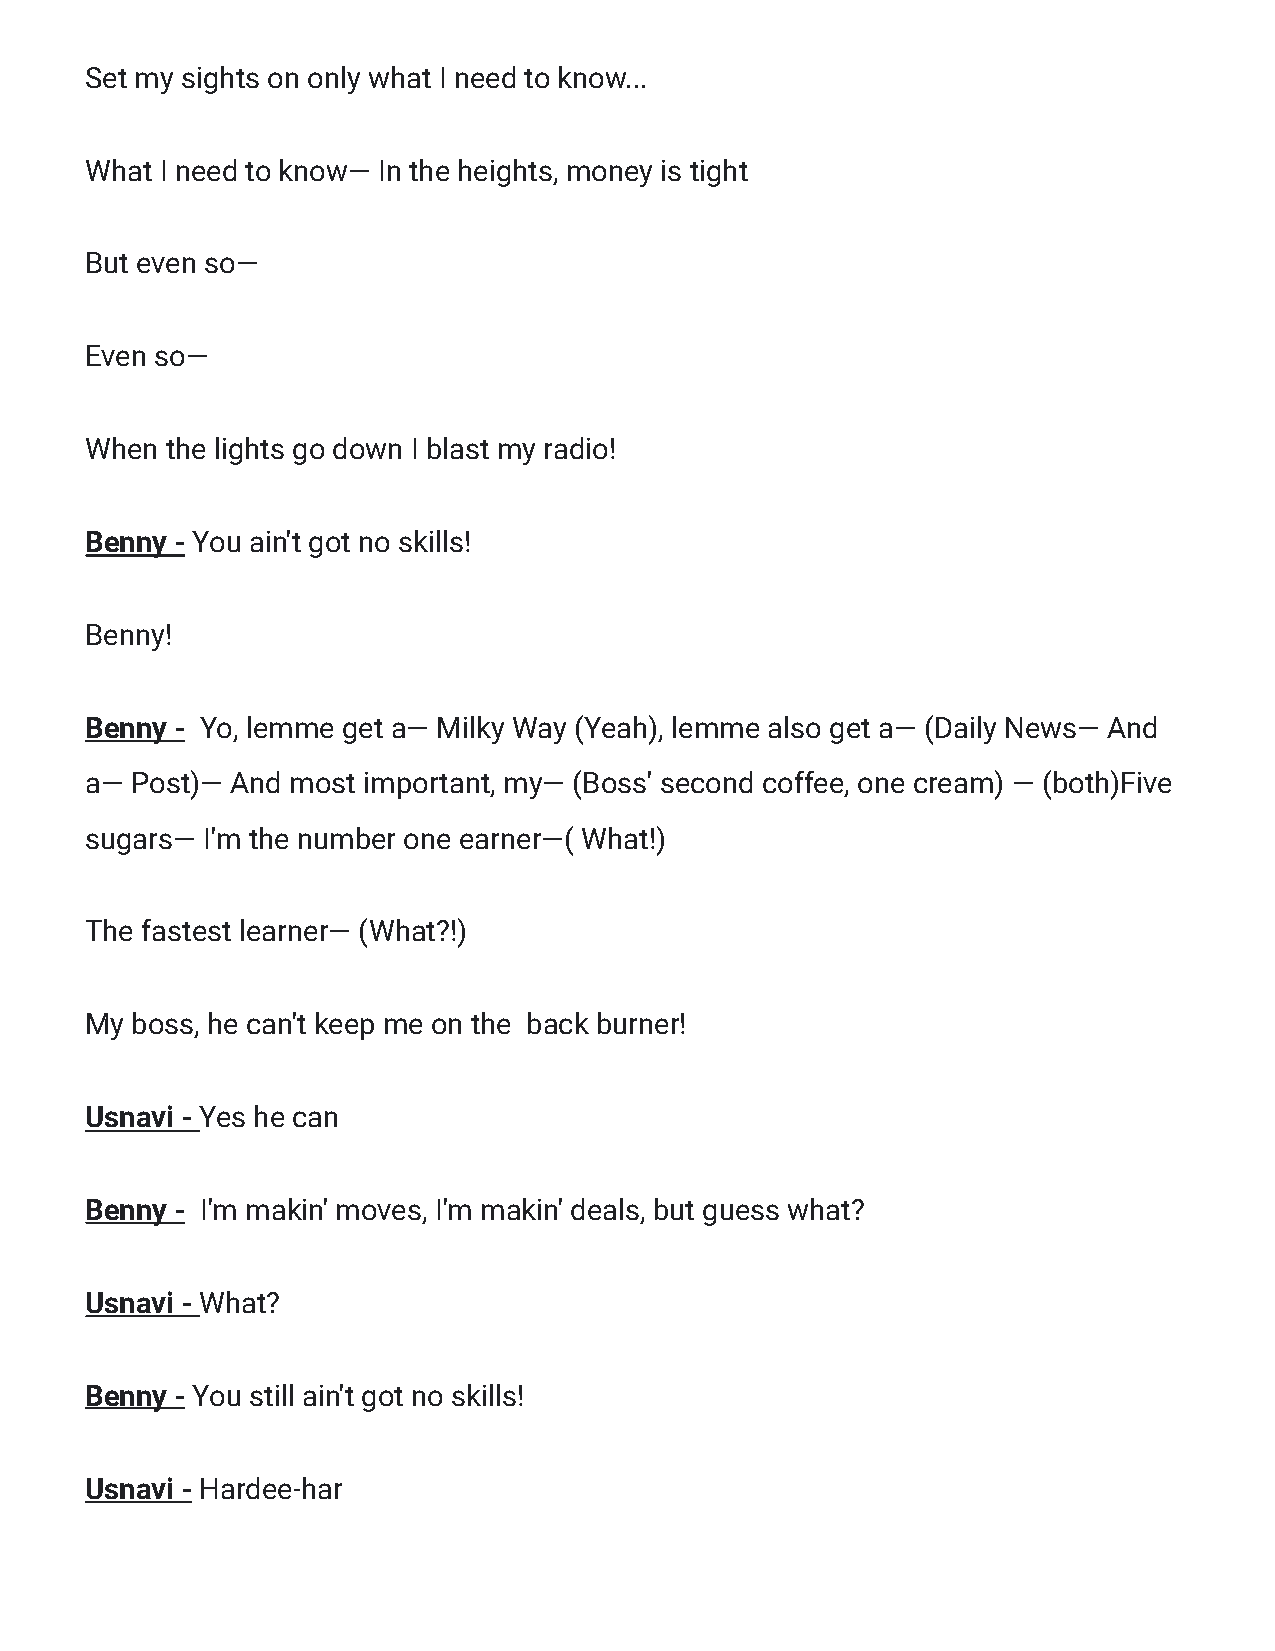
Set my sights on only what I need to know...
 What I need to know— In the heights, money is tight
 But even so—
 Even so—
 When the lights go down I blast my radio!
 Benny - You ain't got no skills!
 Benny!
 Benny - Yo, lemme get a— Milky Way (Yeah), lemme also get a— (Daily News— And
 a— Post)— And most important, my— (Boss' second coffee, one cream) — (both)Five
 sugars— I'm the number one earner—( What!)
 The fastest learner— (What?!)
 My boss, he can't keep me on the back burner!
 Usnavi - Yes he can
 Benny - I'm makin' moves, I'm makin' deals, but guess what?
 Usnavi - What?
 Benny - You still ain't got no skills!
 Usnavi - Hardee-har